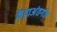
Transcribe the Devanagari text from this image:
केंद्राअंतर्गत